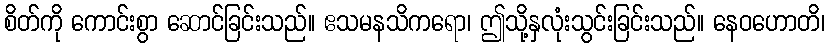
စိတ်ကို ကောင်းစွာ ဆောင်ခြင်းသည်။ ဧသမနသိကရော၊ ဤသို့နှလုံးသွင်းခြင်းသည်။ နေဝဟောတိ၊